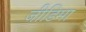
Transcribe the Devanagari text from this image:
जीडिमा